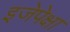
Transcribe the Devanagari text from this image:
इजेपेक्षा